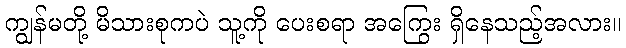
ကျွန်မတို့ မိသားစုကပဲ သူ့ကို ပေးစရာ အကြွေး ရှိနေသည့်အလား။